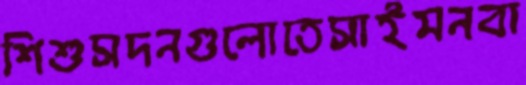
শিশুসদনগুলোতেসাইমনবা